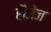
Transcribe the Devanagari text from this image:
हौजेज